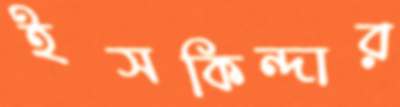
ইসকিন্দার